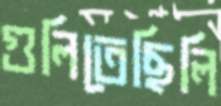
গুলিতেছিলি